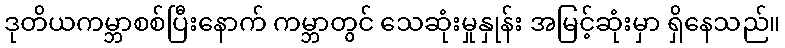
ဒုတိယကမ္ဘာစစ်ပြီးနောက် ကမ္ဘာတွင် သေဆုံးမှုနှုန်း အမြင့်ဆုံးမှာ ရှိနေသည်။